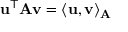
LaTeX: \mathbf { u } ^ { \mathsf { T } } \mathbf { A } \mathbf { v } = \langle \mathbf { u } , \mathbf { v } \rangle _ { \mathbf { A } }